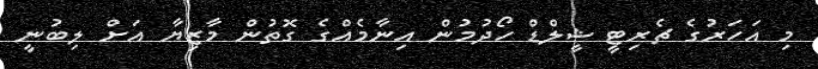
މި އަހަރުގެ ޗެރިޓީ ޝީލްޑް ހޯދުމުން އިނާމެއްގެ ގޮތުން މާޒިޔާ އަށް ލިބުނީ